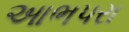
આભપરા